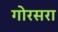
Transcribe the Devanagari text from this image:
गोरसरा